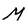
Character: M